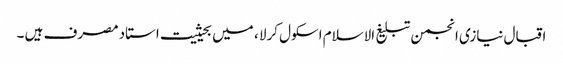
اقبال نیازی انجمن تبلیغ الاسلام اسکول کرلا ، میں بحیثیت استاد مصرف ہیں ۔